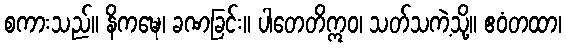
စကားသည်။ နိကဍ္ဎေ၊ ခဏခြင်း။ ပါတေတိဣဝ၊ သတ်သကဲ့သို့။ ဧဝံတထာ၊